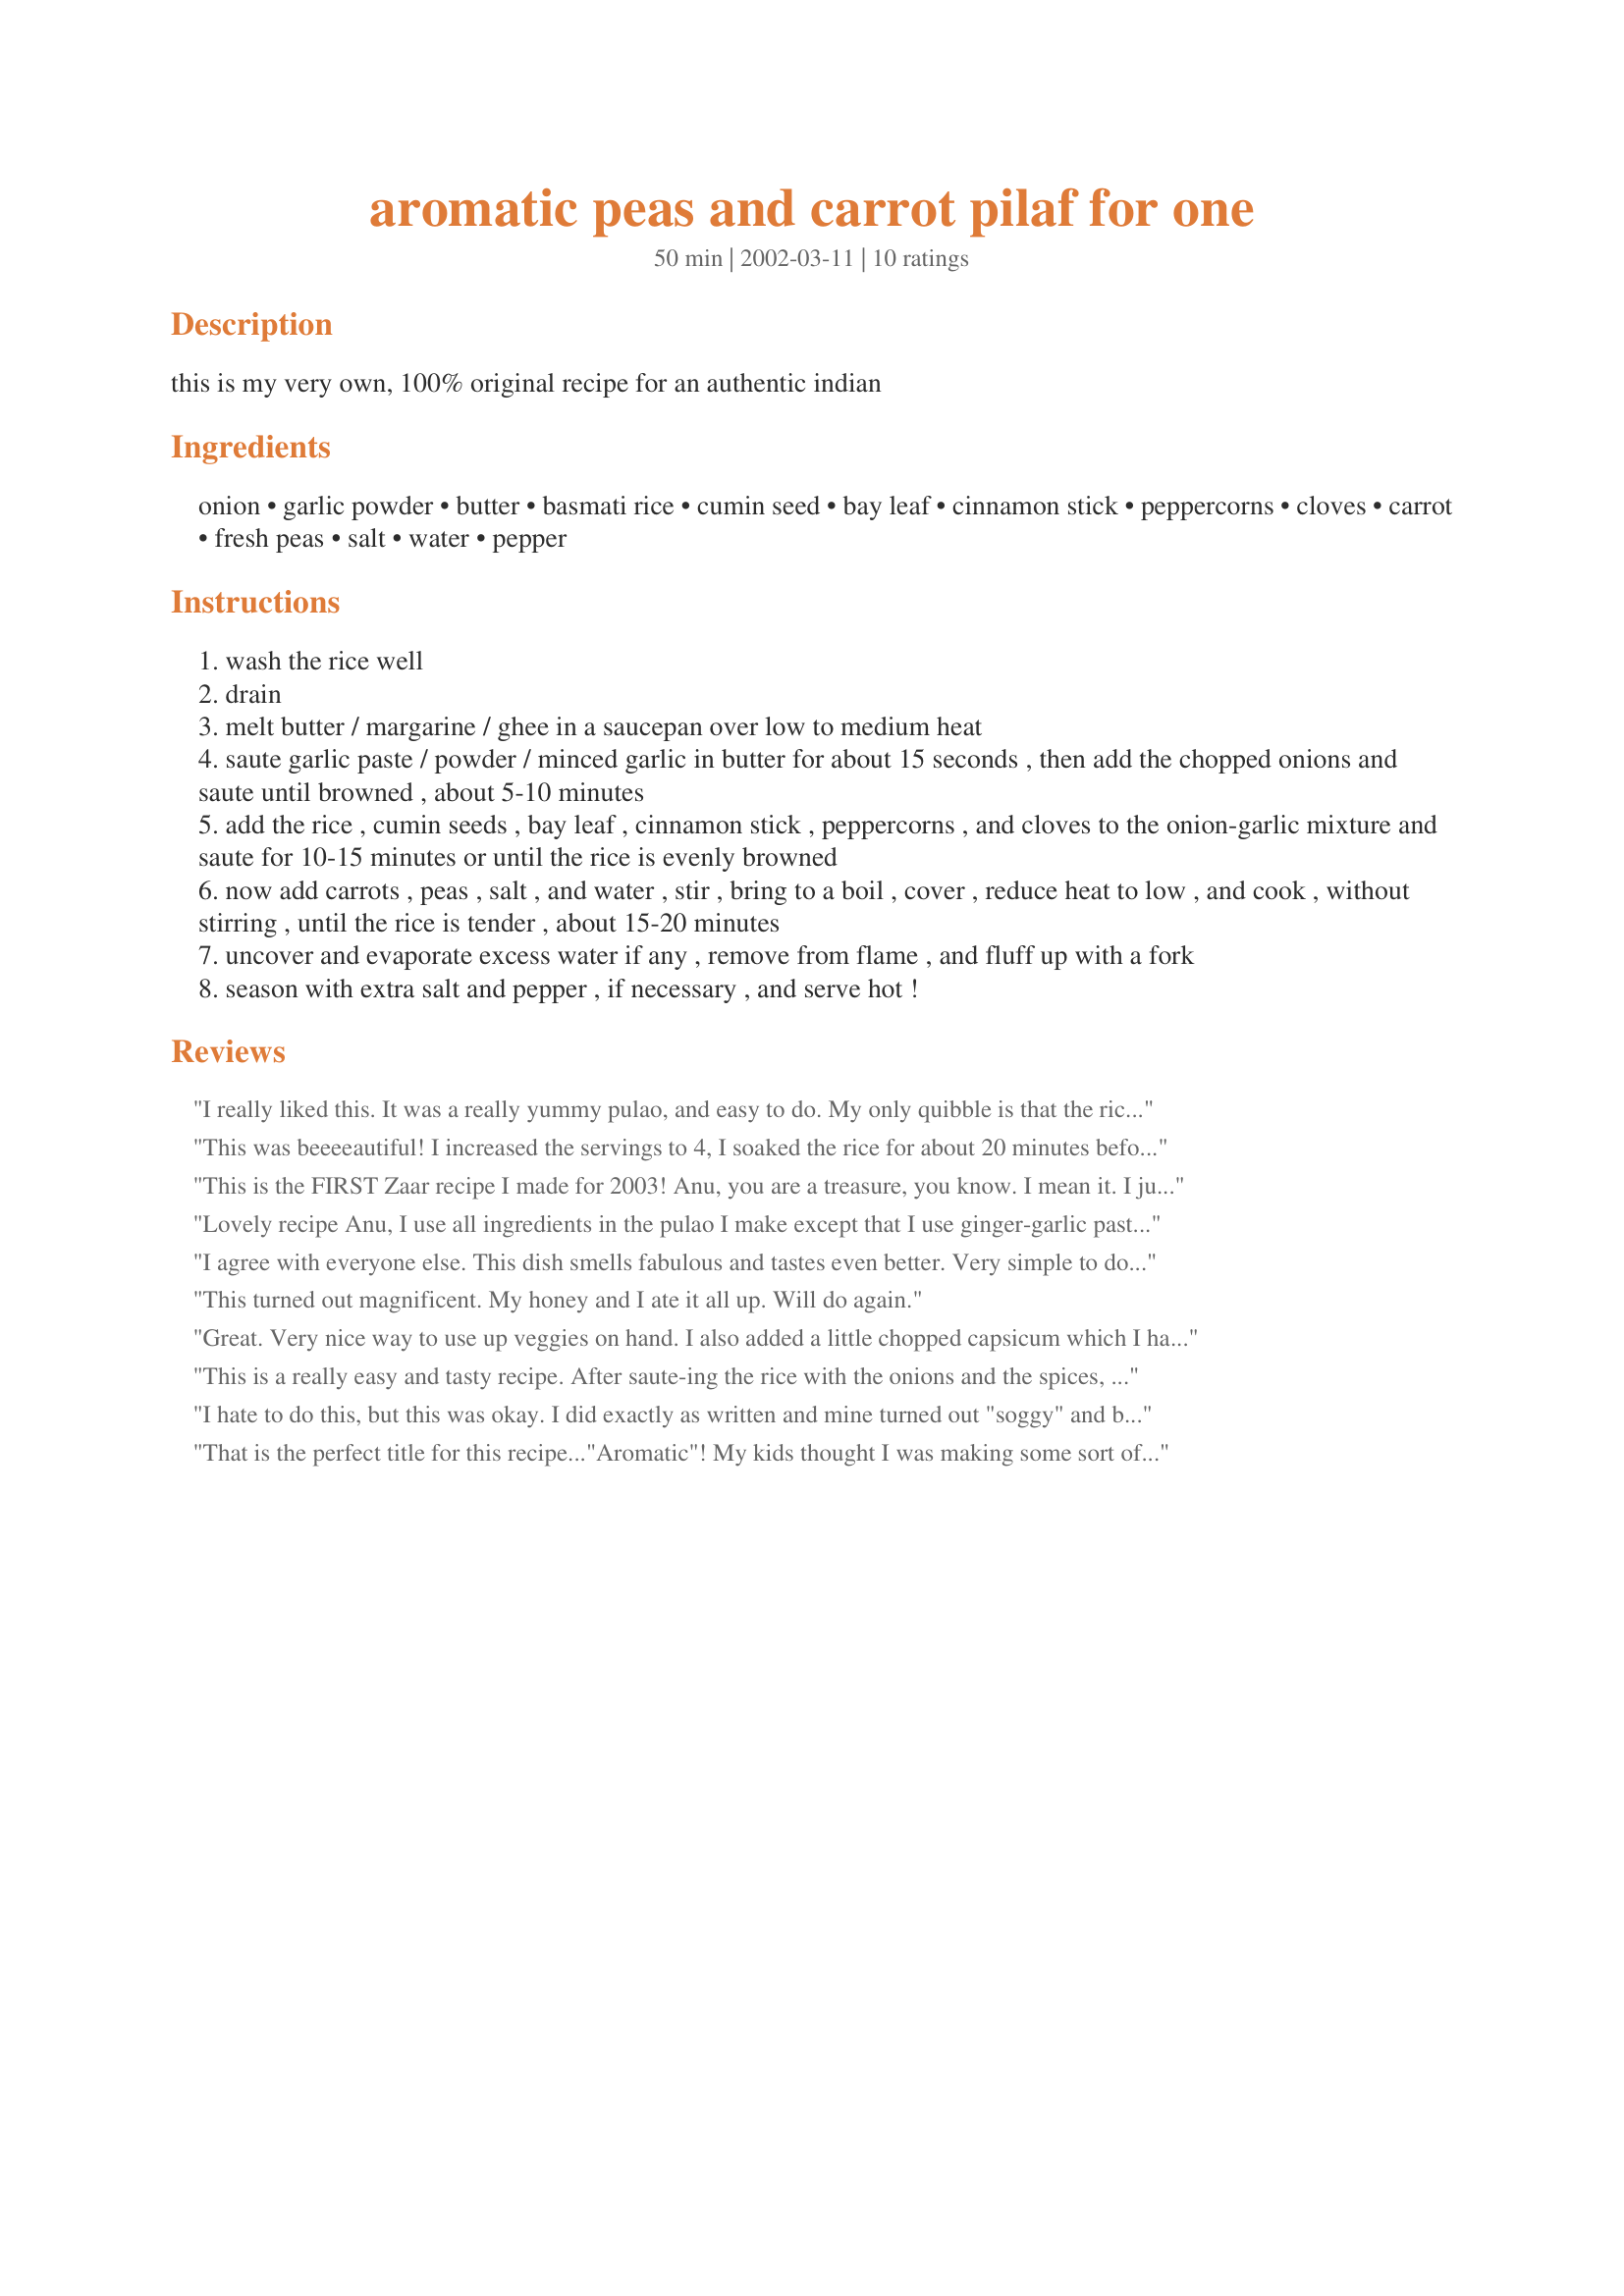
aromatic peas and carrot pilaf for one
Preparation time: 50 minutes

this is my very own, 100% original recipe for an authentic indian

Ingredients:
onion, garlic powder, butter, basmati rice, cumin seed, bay leaf, cinnamon stick, peppercorns, cloves, carrot, fresh peas, salt, water, pepper

Steps:
wash the rice well
drain
melt butter / margarine / ghee in a saucepan over low to medium heat
saute garlic paste / powder / minced garlic in butter for about 15 seconds , then add the chopped onions and saute until browned , about 5-10 minutes
add the rice , cumin seeds , bay leaf , cinnamon stick , peppercorns , and cloves to the onion-garlic mixture and saute for 10-15 minutes or until the rice is evenly browned
now add carrots , peas , salt , and water , stir , bring to a boil , cover , reduce heat to low , and cook , without stirring , until the rice is tender , about 15-20 minutes
uncover and evaporate excess water if any , remove from flame , and fluff up with a fork
season with extra salt and pepper , if necessary , and serve hot !

Reviews:
I really liked this. It was a really yummy pulao, and easy to do. My only quibble is that the rice cooking times were off for me, but otherwise this was gold.
This was beeeeautiful! I increased the servings to 4, I soaked the rice for about 20 minutes before using. It was delicious hot and superb cold... this is certainly going to be used by me veeery often. Thanks Anu!
This is the FIRST Zaar recipe I made for 2003! Anu, you are a treasure, you know. I mean it. I just had to make something of yours today, coz I want to make your recipes all through the year! And so, at 11pm, I stepped into my kitchen and made this. WOW! Not just aromatic, it was very tasty too, topped with a dollop of chilled cold yogurt; this is "Best" served hot!
Loved it, thanks for sharing! HAPPY NEW YEAR! I look forward to a bounty of recipes from you all through 2003! May all your dreams come true in 2003. May you attain success as deep as the depth of the ocean and as high as the pristine blue endless sky. May God Bless you!
Lovely recipe Anu, I use all ingredients in the pulao I make except that I use ginger-garlic paste and use a chicken/vegetable stock cube instead of the salt. I saute them with the onions I also add some chopped coriander leaves as garnish (I sometimes add it before cooking too for a differece in flavour. :)Fay
I agree with everyone else. This dish smells fabulous and tastes even better. Very simple to do. Just count the cloves you put in so you can fish them out--not so lovely to bite into one.
This turned out magnificent. My honey and I ate it all up. Will do again.
Great. Very nice way to use up veggies on hand. I also added a little chopped capsicum which I had. Easy to make. I doubled the recipe and ate the entire thing with yoghurt alongside;)
This is a really easy and tasty recipe. After saute-ing the rice with the onions and the spices, I cooked the mixture in a rice cooker with the right amount of water. It turned out great.
I hate to do this, but this was okay. I did exactly as written and mine turned out "soggy" and bland. It smelled wonderful when I was sauteing the rice with the spices and while it simmered. I'm not sure what happened. I will try to make this again and see how it turns out the 2nd time. I always like to try something twice just incase I missed something the first time. It almost seemed like there was too much water.
That is the perfect title for this recipe..."Aromatic"! My kids thought I was making some sort of baked good, it smells devine! Had this last night with curry chicken and roti. Thanks for the wonderful recipe Anu! :)
